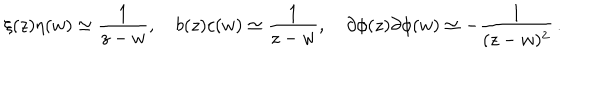
LaTeX: \xi ( z ) \eta ( w ) \simeq { \frac { 1 } { z - w } } , \quad b ( z ) c ( w ) \simeq { \frac { 1 } { z - w } } , \quad \partial \phi ( z ) \partial \phi ( w ) \simeq - { \frac { 1 } { ( z - w ) ^ { 2 } } } \, .